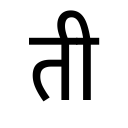
OCR:
ती